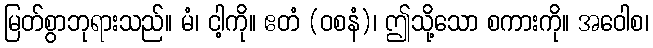
မြတ်စွာဘုရားသည်။ မံ၊ ငါ့ကို။ ဧတံ (ဝစနံ)၊ ဤသို့သော စကားကို။ အဝေါစ၊